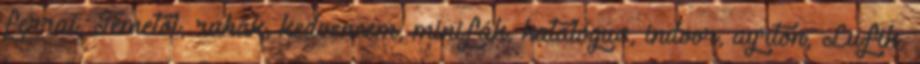
ferrai, Temetői, ruhák, kedvencem, minifák, katalógus, indoor, ayrton, Lufik,